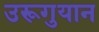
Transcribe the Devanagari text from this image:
उरूगुयान